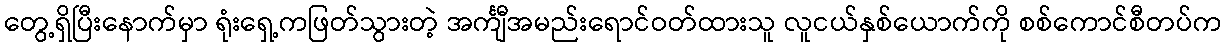
တွေ့ရှိပြီးနောက်မှာ ရုံးရှေ့ကဖြတ်သွားတဲ့ အင်္ကျီအမည်းရောင်ဝတ်ထားသူ လူငယ်နှစ်ယောက်ကို စစ်ကောင်စီတပ်က